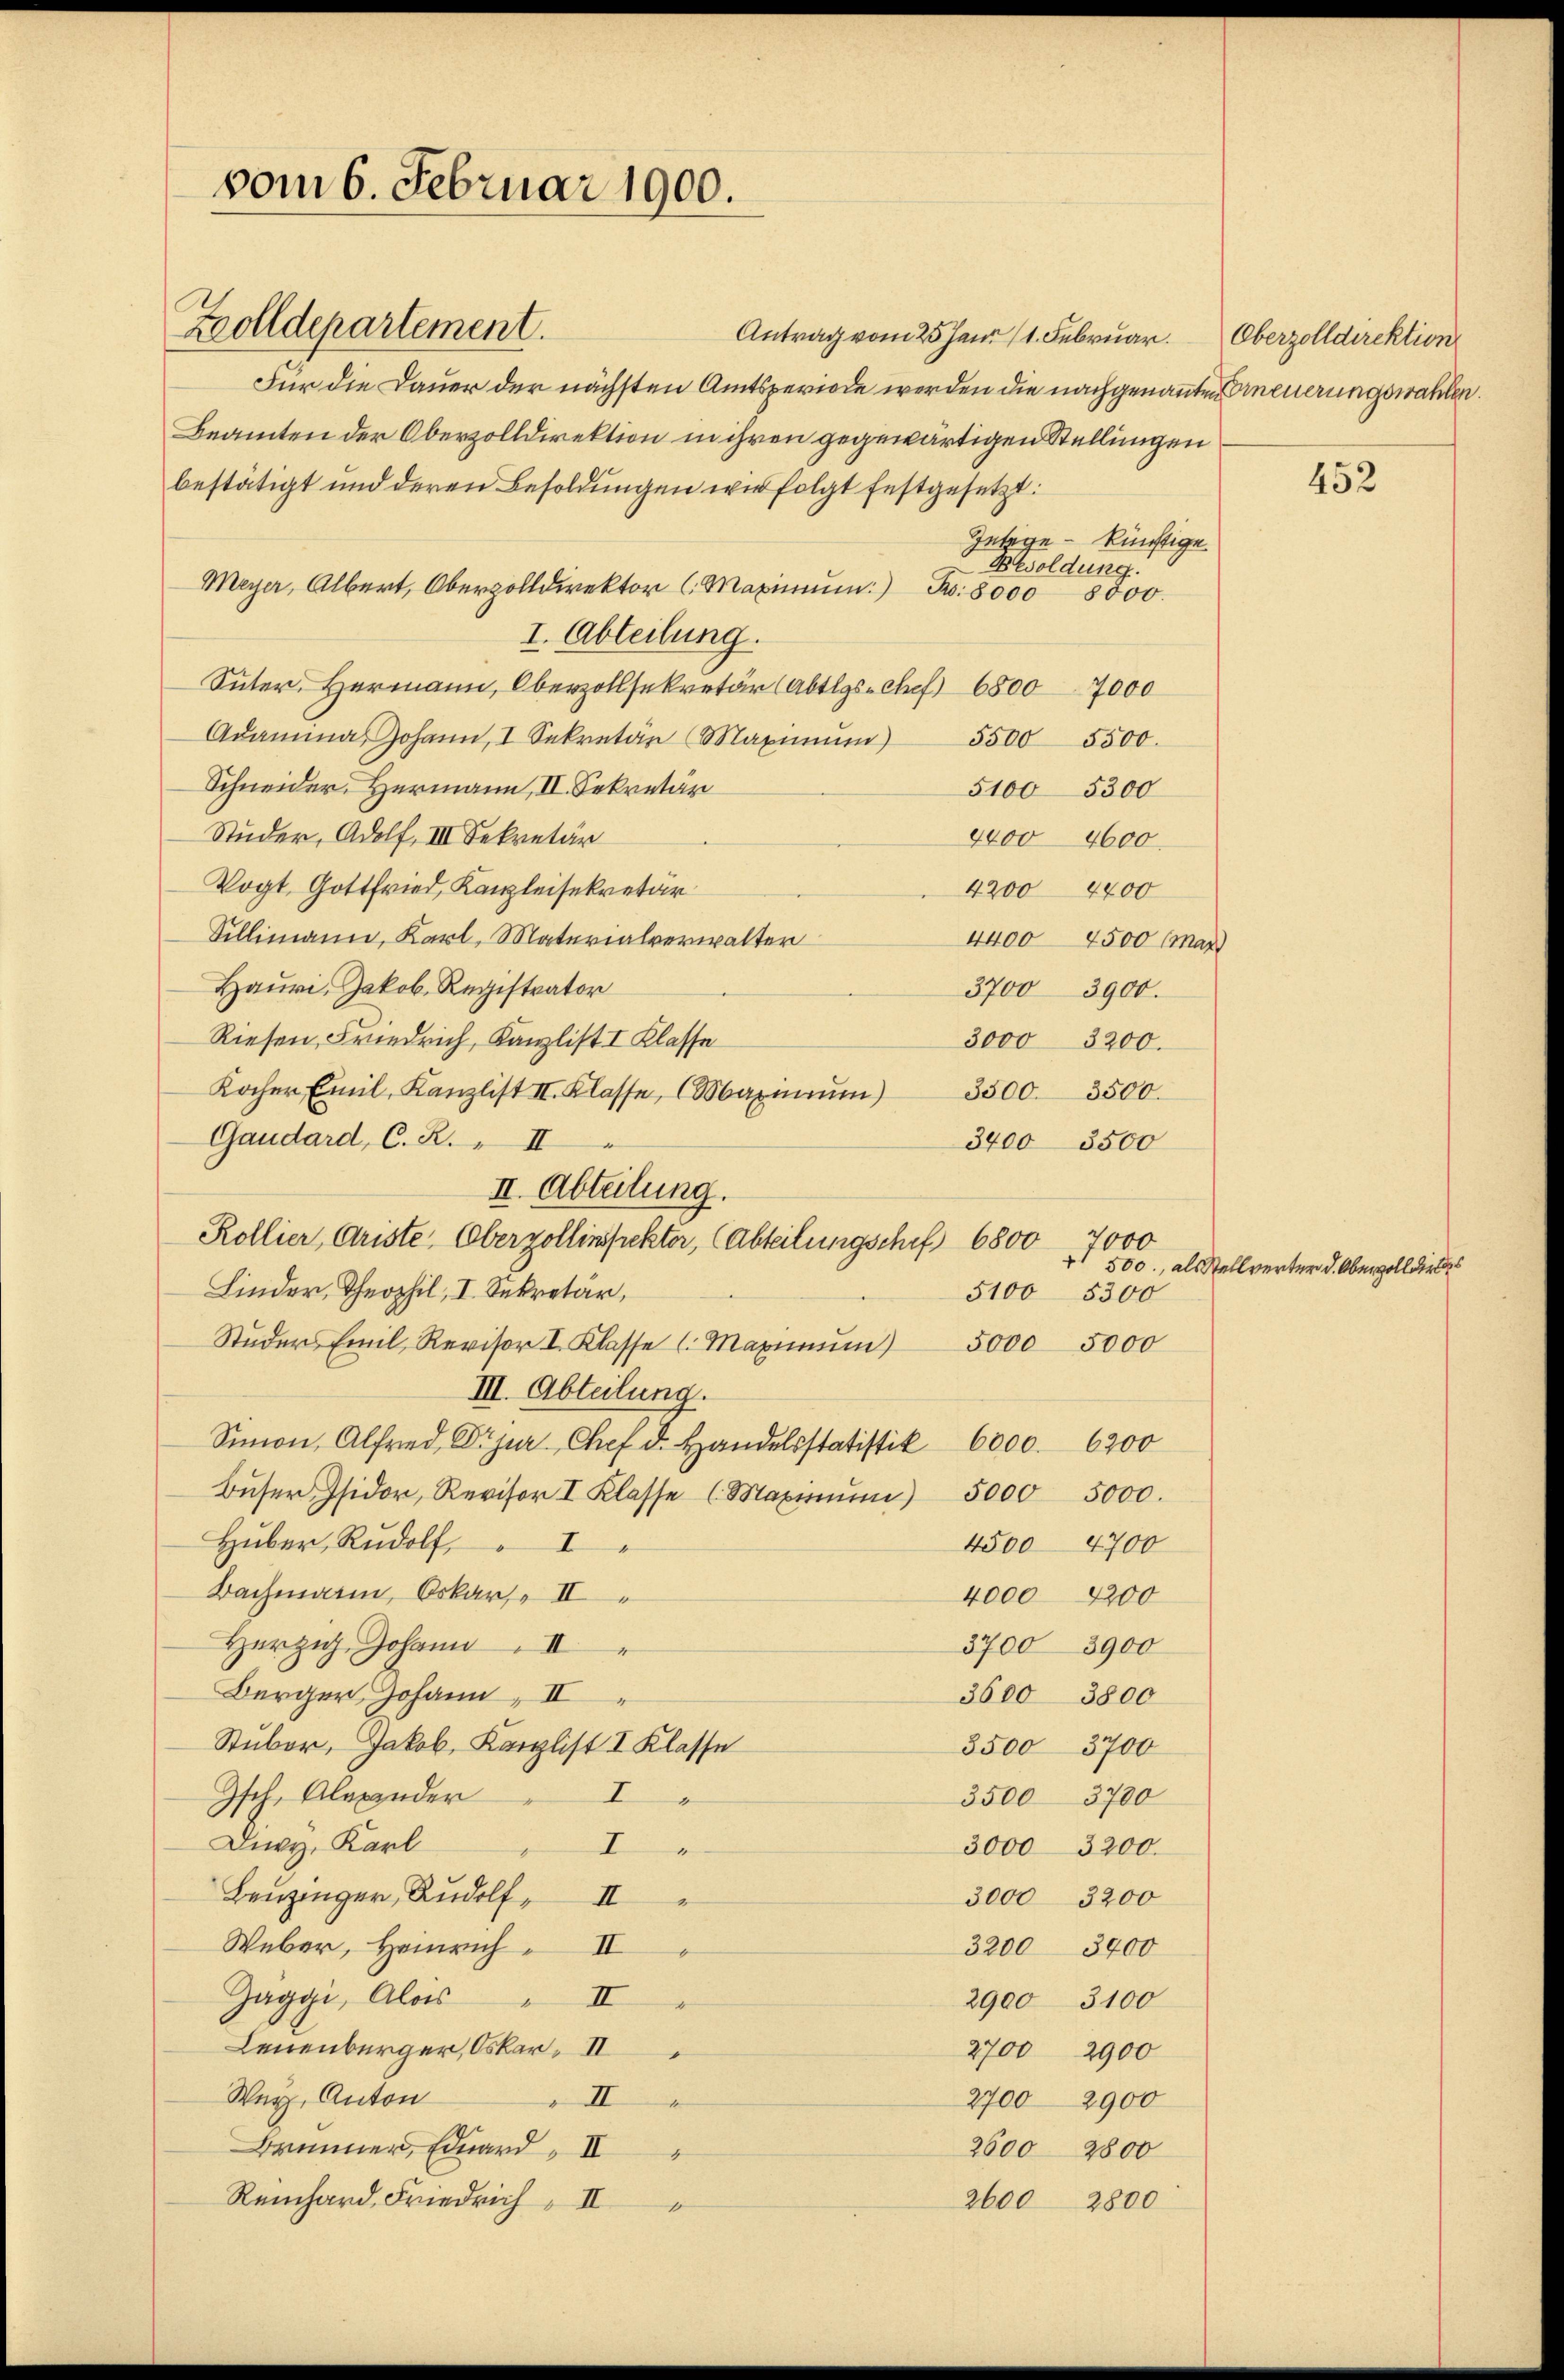
vom 6. Februar 1900.
Zolldepartement.

Für die Dauer der nächsten Amtsperiode werden die nachgenannten neuerungswahlen.
Beamten der Oberzolldirektion in ihren gegewärtigen Stellungen
bestätigt und deren Besoldungen wir folgt festgesetzt:
Zulage - künftige
Besoldung.
Meyer, Albert, Oberzolldirektor ( Maximŭm No. 8000 8000.
I. Abteilung.
Suter, Hermann, Oberzollsekretär (Abtlgs-Chef 68007000
Adammas Johann, I Sekretär (Maximŭm)
5500 5500.
Schneider, Hermann, II. Sekretär
51005300
Studer, Adolf, III. Sekretär
4400 4600.
Vogt, Gottfried, Kanzleisekretär
4200 4400
Billimann, Karl, Materialverwalter
Hauri, Jakob. Registrator
3700 3900.
Riesen, Friedrich, Kanzlist I Klasse
3000 3200.
Kocher Emil, Kanzlist II. Klasse, (Maximum)
3500. 3500.
Gaudard, C. R. II
3400 3500
Rollier, Ariste, Oberzollinspickter, (Abteilungschef 6800. 7000
Linder, Theophil, I. Sekretär,
5100 5300
Stŭders Emil Revisor I. Klasse (Maximŭm 5000 5000
III. Abteilung.
Simon, Alfred Piper Chef d. Handelsstatistik 6000. 6200
Bŭser Isidor, Revisor I Klasse (Maximŭm) 5000 5000.
Huber, Rudolf, I
4500 4700
Bachmann, Oskar II
4000 1200
Herzig Johann II
3700 3900
Berger Johann II
3600 3800
Stuber, Jakob, Kanzlist I Klasse
3500 3700
Isch. Alexander
E
3500 3700
Diy, Karl
I
3000 3200.
Leuzinger, Rudolf, II
3000 3200
Weber, Heinrich. II
3200 3400
Gaggi, Alois II
2900 3100
Leuenburger, Oskar II
2700 2900
Wey, Anton
II
2700 2900
Brunner, Eduard II
2600 2800
Reinhard, Friedrich
2600
2800
II

II. Abteilung.

Antrag vom 25 Juni (1. Februar. Oberzolldirektion

4400 4500 (mar)

452

500, als Stellverter d. Obervoll dies